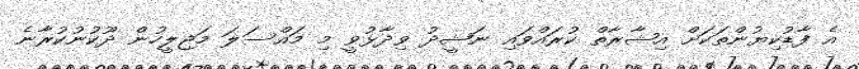
އެ ފާޑުކިޔުންތަކަށް އިޝާރާތް ކުރައްވައި ނަޝީދު ވިދާޅުވީ މި މައްސަލަ މަޖިލީހުން ދޫކުނުކުރާނެ